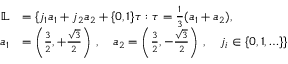
\begin{array} { r l } { \mathbb { L } } & { = \{ j _ { 1 } a _ { 1 } + j _ { 2 } a _ { 2 } + \{ 0 , 1 \} \tau : \tau = \frac { 1 } { 3 } ( a _ { 1 } + a _ { 2 } ) , } \\ { a _ { 1 } } & { = \left( \frac { 3 } { 2 } , + \frac { \sqrt { 3 } } { 2 } \right) \, , \quad a _ { 2 } = \left( \frac { 3 } { 2 } , - \frac { \sqrt { 3 } } { 2 } \right) \, , \quad j _ { i } \in \{ 0 , 1 , \ldots \} \} } \end{array}